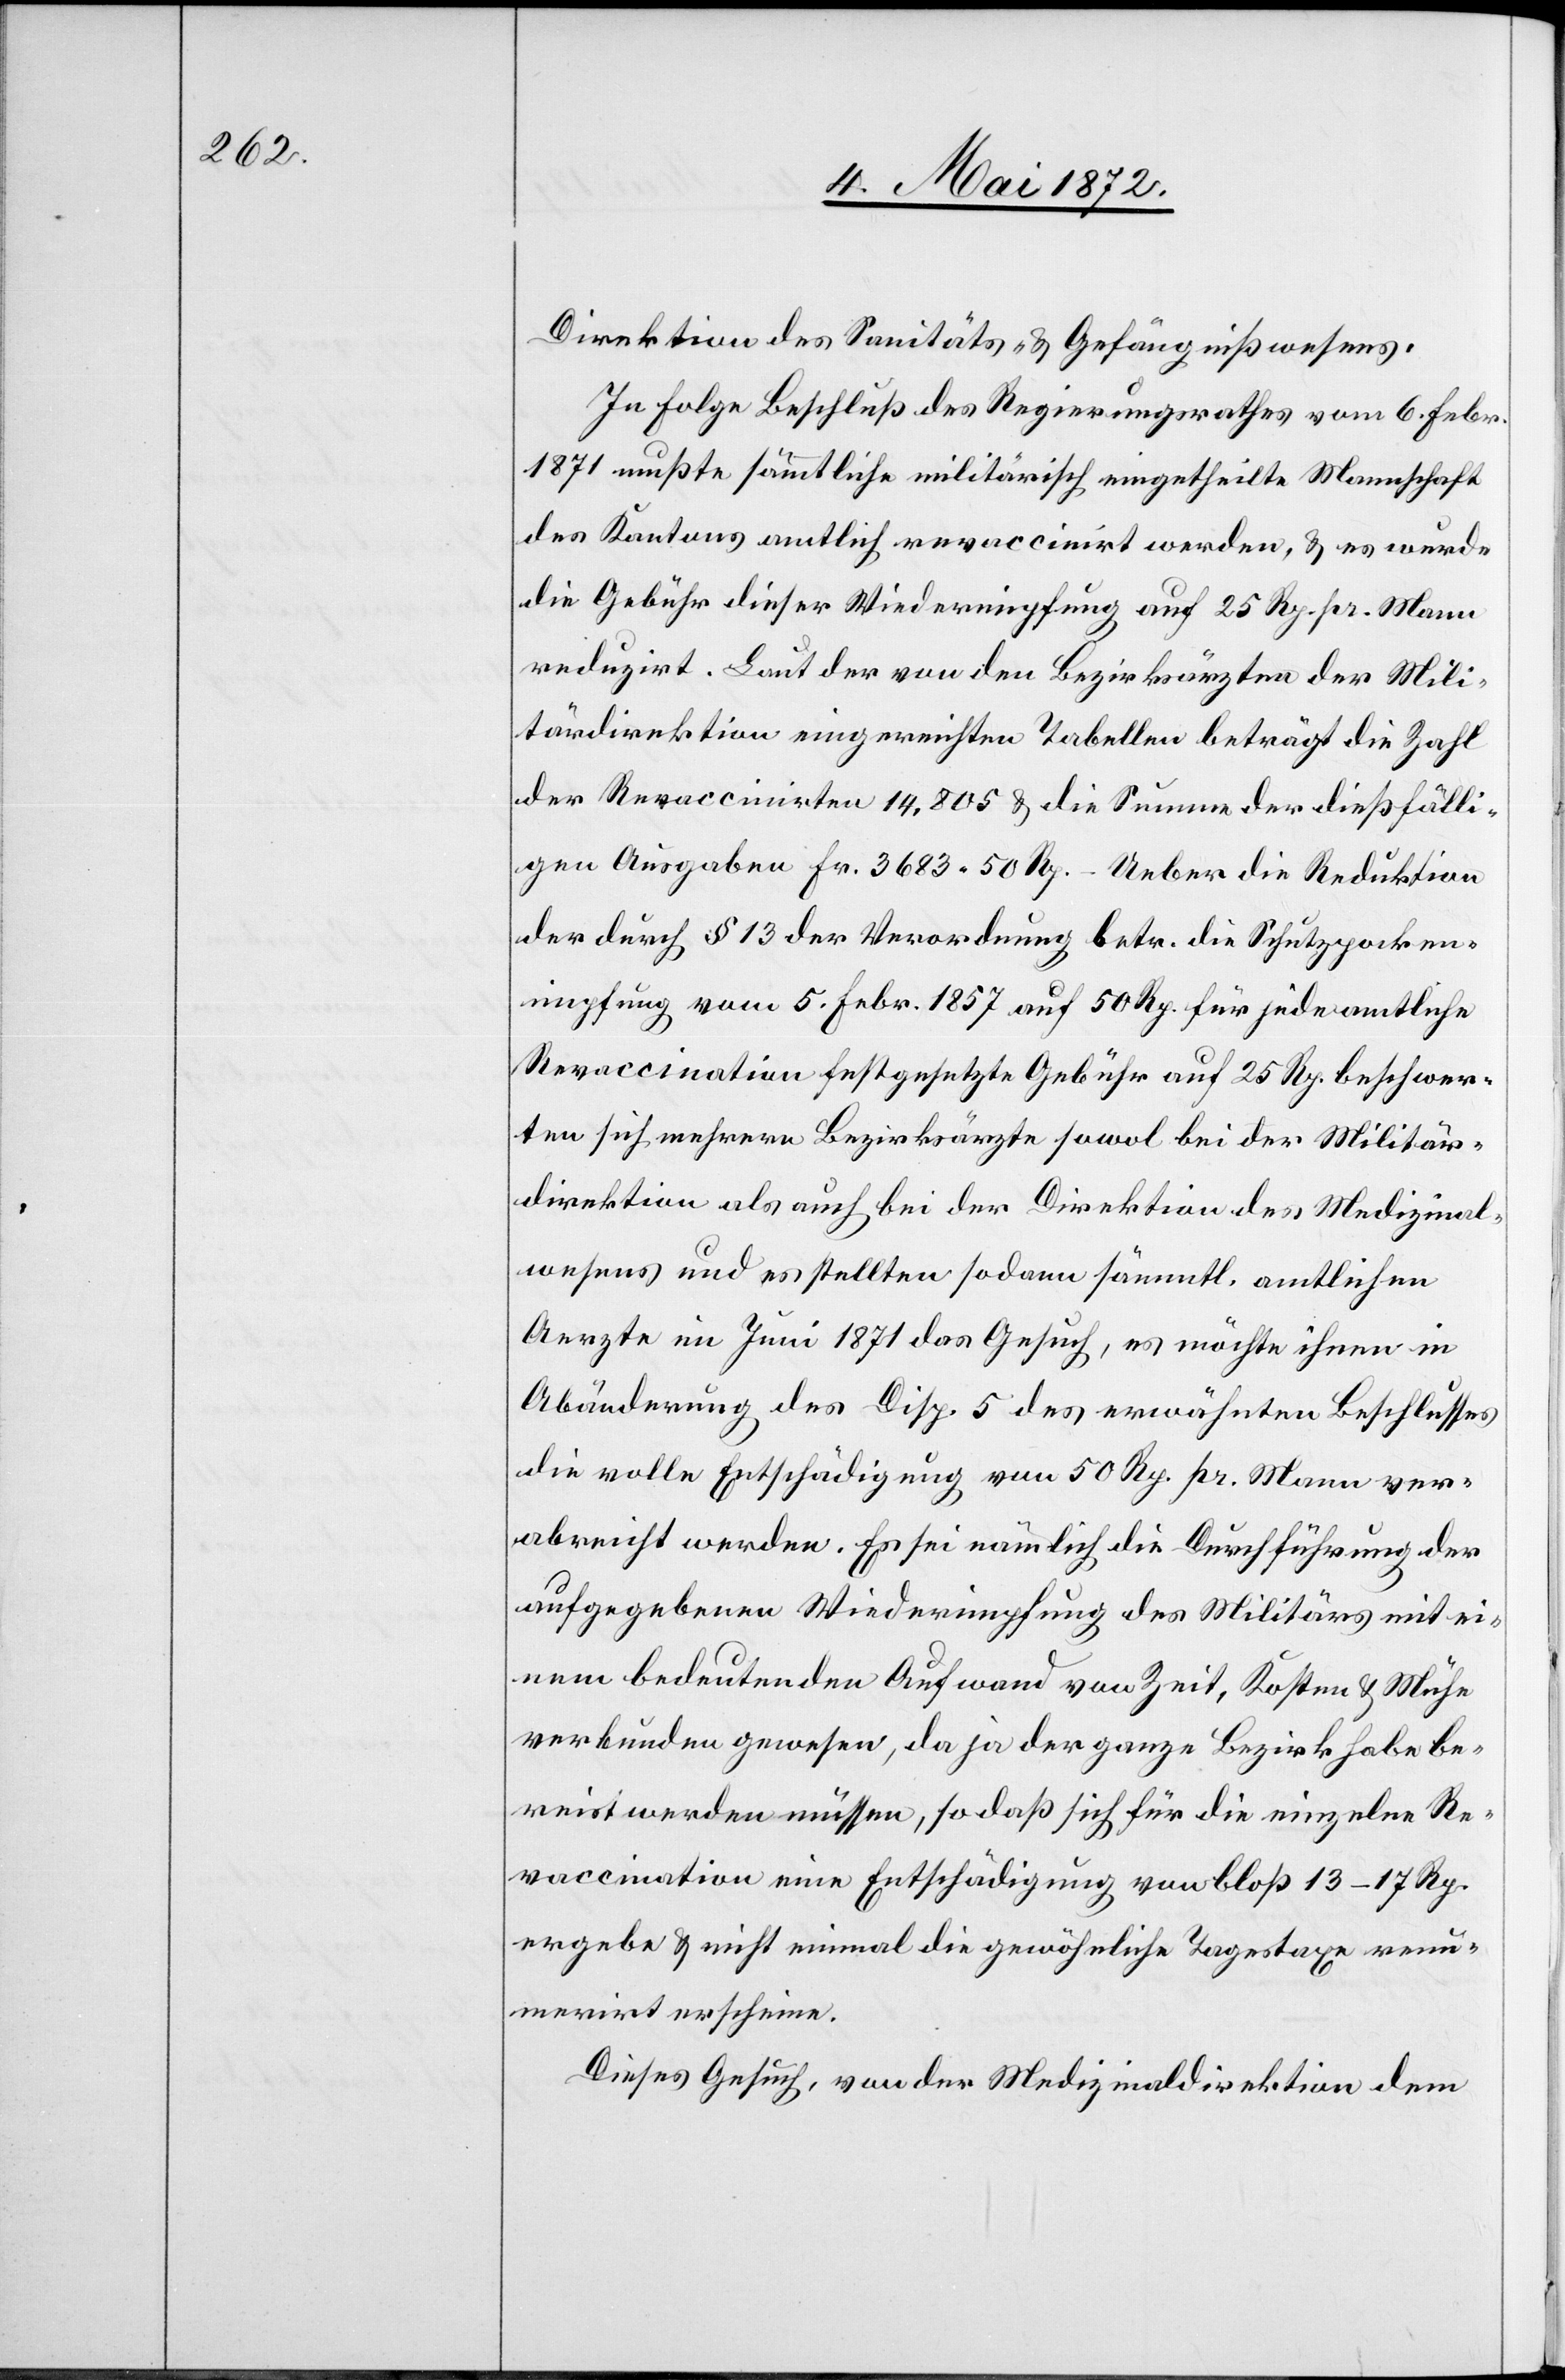
Direktion des Sanitäts- u. Gefängnißwesens:
In Folge Beschluß des Regierungsrathes vom 6. Febr.
1871 mußte sämmtliche militärisch eingetheilte Mannschaft
des Kantons amtlich revaccinirt werden, u. es wurde
die Gebühr dieser Wiederimpfung auf 25 Rp. pr. Mann
reduzirt. Laut der von den Bezirksärzten der Mili¬
tärdirektion eingereichten Tabellen beträgt die Zahl
der Revaccinirten 14,805 u. die Summe der dießfälli¬
gen Ausgaben Fr. 3683 50 Rp. – Ueber die Reduktion
der durch § 13 der Verordnung betr. die Schutzpocken¬
impfung vom 5. Febr. 1857 auf 50 Rp. für jede amtliche
Revaccination festgesetzte Gebühr auf 25 Rp. beschwer¬
ten sich mehrere Bezirksärzte sowol bei der Militär¬
direktion als auch bei der Direktion des Medizinal¬
wesens und es stellten sodann sämmtl. amtlichen
Aerzte im Juni 1871 das Gesuch, es möchte ihnen in
Abänderung des Disp. 5 des erwähnten Beschlusses
die volle Entschädigung von 50 Rp. pr. Mann ver¬
abreicht werden. Es sei nämlich die Durchführung der
aufgegebenen Wiederimpfung des Militärs mit ei¬
nem bedeutenden Aufwand von Zeit, Kosten u. Mühe
verbunden gewesen, da ja der ganze Bezirk habe be¬
reist werden müssen, so daß sich für die einzelne Re¬
vaccination eine Entschädigung von bloß 13–17 Rp.
ergebe u. nicht einmal die gewöhnliche Tagestaxe ren¬
umerirt erscheine.
Dieses Gesuch, von der Medizinaldirektion dem